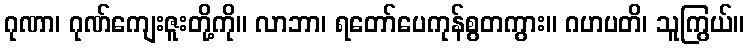
ဂုဏာ၊ ဂုဏ်ကျေးဇူးတို့ကို။ လာဘာ၊ ရတော်ပေကုန်စွတကွား။ ဂဟပတိ၊ သူကြွယ်။